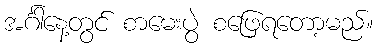
အင်္ဂါနေ့တွင် စာမေးပွဲ စဖြေရတော့မည်။